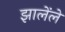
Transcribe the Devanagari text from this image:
झालेंले